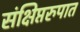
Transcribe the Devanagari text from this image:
संक्षिप्तरुपात